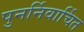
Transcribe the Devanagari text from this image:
पुनर्निवार्चित